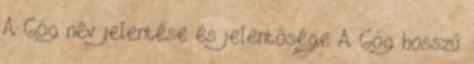
A Góg név jelentése és jelentősége A Góg hosszú